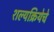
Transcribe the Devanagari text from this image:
शल्यक्रियेचे